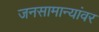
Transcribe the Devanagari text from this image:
जनसामान्यांवर